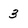
Character: 3